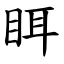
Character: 眲